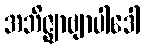
အဘိဇ္ဈာဗျာပါဒေါ